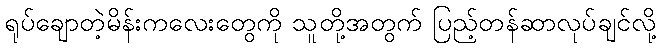
ရုပ်ချောတဲ့မိန်းကလေးတွေကို သူတို့အတွက် ပြည့်တန်ဆာလုပ်ချင်လို့